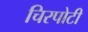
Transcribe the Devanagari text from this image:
चिरपोटी